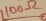
Text: 100Ω